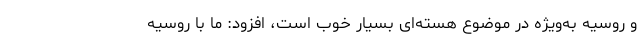
و روسیه به‌ویژه در موضوع هسته‌ای بسیار خوب است، افزود: ما با روسیه